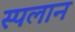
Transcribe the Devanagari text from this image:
स्पलान